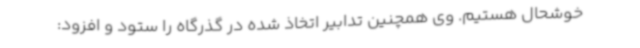
خوشحال هستیم. وی همچنین تدابیر اتخاذ شده در گذرگاه را ستود و افزود: